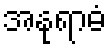
အနုရာဓံ